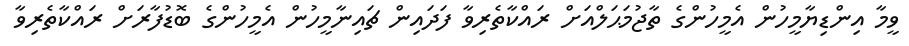
ވީމާ އިންޑިޔާމީހުން އެމީހުންގެ ތާޖުމަޙަލްއަށް ރައްކާތެރިވާ ފަދައިން ޗައިނާމީހުން އެމީހުންގެ ބޮޑުފާރަށް ރައްކާތެރިވާ